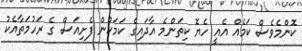
ކޮންމެވެސް ކަމެއް އެއީ ހެޔޮ ކިތަންމެ އާދައިގެ ކަމަކުން ފެށިއަސް ގެ ރަހުމަތާއެކު